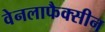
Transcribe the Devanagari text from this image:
वेनलाफैक्सीन